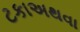
ટકાઅથવા